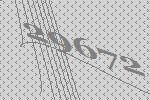
29672